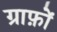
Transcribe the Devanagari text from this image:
ग्राफ़ों